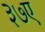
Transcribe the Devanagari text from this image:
३७ए